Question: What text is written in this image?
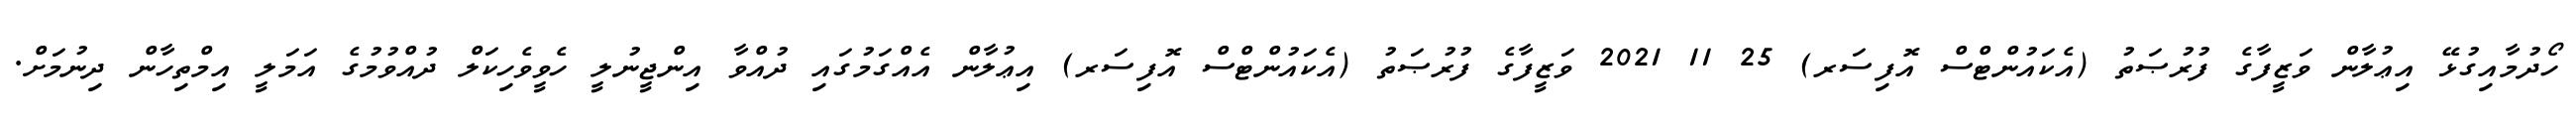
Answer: ހޯދުމާއިގުޅޭ އިޢުލާން ވަޒީފާގެ ފުރުޞަތު (އެކައުންޓްސް އޮފިސަރ) 25 11 2021 ވަޒީފާގެ ފުރުޞަތު (އެކައުންޓްސް އޮފިސަރ) އިޢުލާން އެއްގަމުގައި ދުއްވާ އިންޖީނުލީ ހެވީވެހިކަލް ދުއްވުމުގެ އަމަލީ އިމްތިހާން ދިނުމަށް.